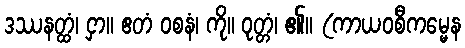
ဒဿနတ္ထံ၊ ငှာ။ ဧတံ ဝစနံ၊ ကို။ ဝုတ္တံ၊ ၏။ (ကာယဝစီကမ္မေန